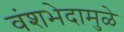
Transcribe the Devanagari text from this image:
वंशभेदामुळे